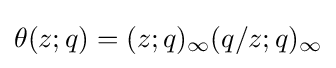
\theta (z;q)=(z;q)_{\infty }(q/z;q)_{\infty }